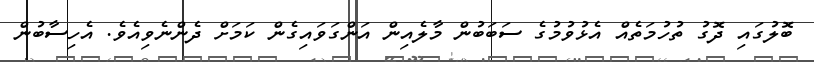
ބޮލުގައި ދޮގު ތުހުމަތެއް އެޅުވުމުގެ ސަބަބުން މާލެއިން އަންގަވައިގެން ކަމަށް ދެންނެވިއެވެ. އެހިސާބުން